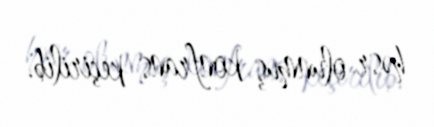
həsr olunmuş konfrans keçirilib.